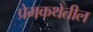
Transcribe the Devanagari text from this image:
प्रेमकथेतील